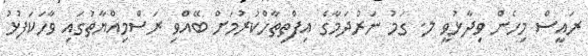
ރައީސް މިހެން ވިދާޅުވީ ލ. ގަމު ނަރުދަމާގެ އިފްތިތާހްކުރުމަށް ބޭއްވި ރަސްމިއްޔާތުގައި ވާހަކަފުޅު